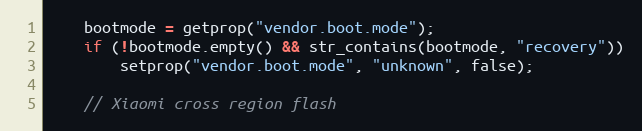
Language: C++
    bootmode = getprop("vendor.boot.mode");
    if (!bootmode.empty() && str_contains(bootmode, "recovery"))
        setprop("vendor.boot.mode", "unknown", false);

    // Xiaomi cross region flash